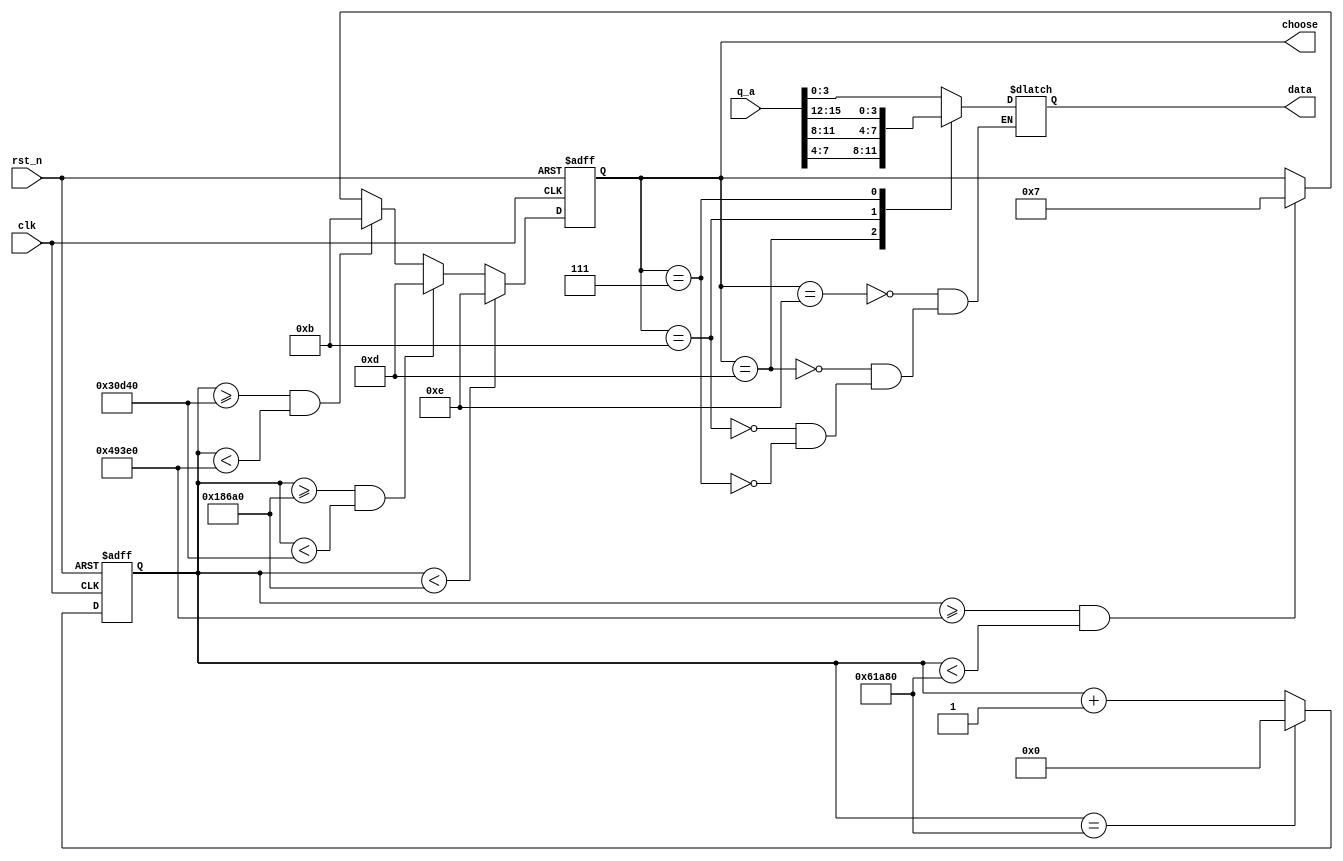
`timescale 1ns / 1ps
//////////////////////////////////////////////////////////////////////////////////
// Company: 
// Engineer: 
// 
// Design Name: 
// Module Name:    seg 
// Project Name: 
// Target Devices: 
// Tool versions: 
// Description: 
//
// Dependencies: 
//
// Revision: 
// Revision 0.01 - File Created
// Additional Comments: 
//
//////////////////////////////////////////////////////////////////////////////////
module SEG(
	input clk,
	input rst_n,
	input [15:0] q_a,
	output reg [3:0] choose,
	output reg [3:0] data
    );
reg [20:0] count;

always @(posedge clk or negedge rst_n) begin
	if (!rst_n) begin
		// reset
		choose <= 0;
		count <= 0;
	end
	else begin
		count <= count + 1;
		if (count < 21'd100_000)
			choose <= 4'b1110;
		else if (count >= 21'd100_000 && count < 21'd200_000)
			choose <= 4'b1101;
		else if (count >= 21'd200_000 && count < 21'd300_000)
			choose <= 4'b1011;
		else if (count >= 21'd300_000 && count < 21'd400_000)
			choose <= 4'b0111;
		if (count == 21'd400_000)
			count <= 0;
	end
end

always@(*)
begin
	case(choose)
		4'b1110: data = q_a[3:0];
		4'b1101: data = q_a[7:4];
		4'b1011: data = q_a[11:8];
		4'b0111: data = q_a[15:12];
	endcase
end

endmodule